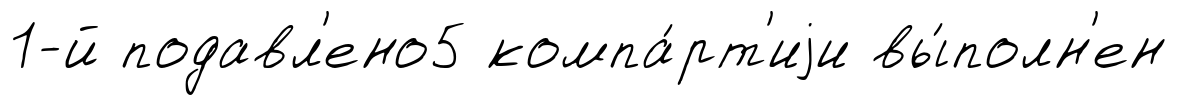
1-й подавл'ено5 компа́рт'иjи вы́полн'ен